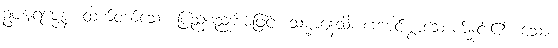
ဥပဍ္ဎရဇ္ဇေန၊ ထက်ဝက်သော ပြည်စည်းစိမ်ဖြင့်။ သမ္မာနေသိ၊ ကောင်းစွာဆောက်နှင်း၏။ သော၊